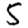
Digit: 5